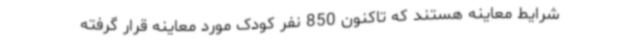
شرایط معاینه هستند که تاکنون 850 نفر کودک مورد معاینه قرار گرفته